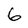
Character: 6